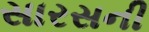
સારસની